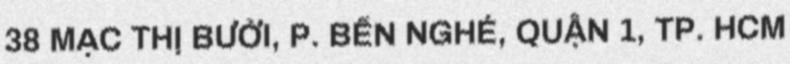
38 MẠC THỊ BƯỞI, P. BẾN NGHÉ, QUẬN 1, TP. HCM